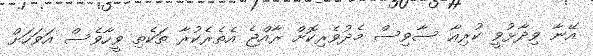
އޭނާ ވިދާޅުވީ ކުރިއާ ސާވިސް މެދުވެރިކޮށް ރާއްޖެ އެތެރެކުރާ ތަކެތި ވީހާވެސް އަވަހަށް